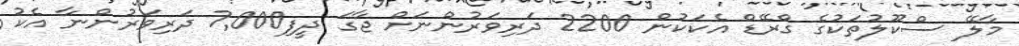
މާލޭ ސްކޫލުތަކުގެ ގްރޭޑް އެކަކުން 2200 ދަރިވަރުންނަށް ޖާގަ ދީފި7